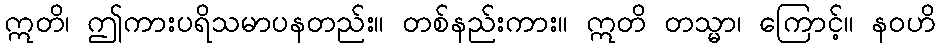
ဣတိ၊ ဤကားပရိသမာပနတည်း။ တစ်နည်းကား။ ဣတိ တသ္မာ၊ ကြောင့်။ နဝဟိ